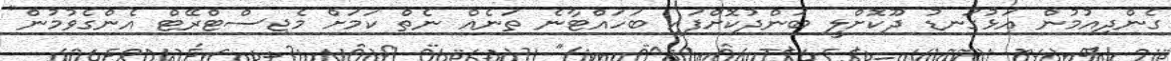
ގެންދިއުމުން އަޅުގަނޑު ދޫކޮށްލީ ބަންދުކޮށްފައި ބަހައްޓާނެ ތަނެއް ނެތް ކަމަށް މެޖިސްޓްރޭޓް އެންގެވުމުން"